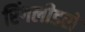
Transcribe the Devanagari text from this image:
रिंगलीडरों